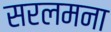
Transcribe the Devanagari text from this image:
सरलमना